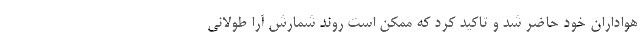
هواداران خود حاضر شد و تاکید کرد که ممکن است روند شمارش آرا طولانی